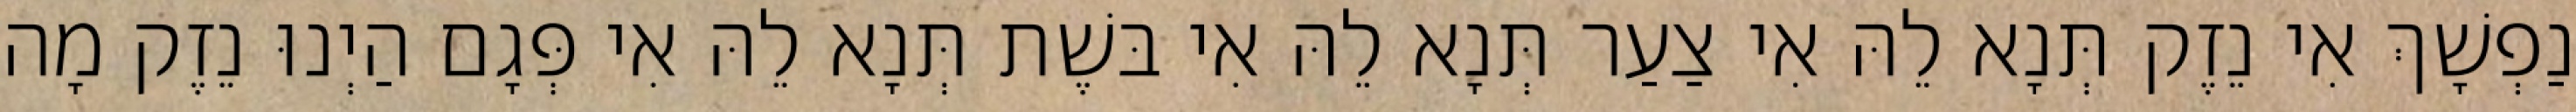
נַפְשָׁךְ אִי נֵזֶק תְּנָא לֵהּ אִי צַעַר תְּנָא לֵהּ אִי בּשֶׁת תְּנָא לֵהּ אִי פְּגָם הַיְנוּ נֵזֶק מָה